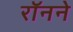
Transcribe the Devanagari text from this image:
रॉनने